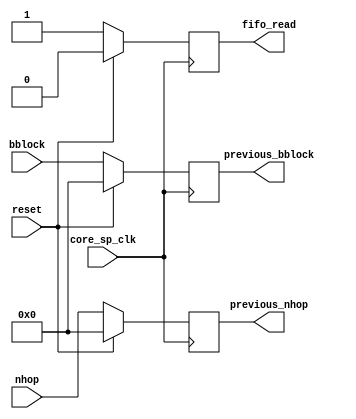
//
`timescale 1ns/1ps

module stage2(
	
	  input			        reset,
        input                         core_sp_clk,
        input [31:0]                  bblock, // data fetched from the ram in the previous stage
        input [31:0]                  nhop,
        output reg [31:0]             previous_bblock,
        output reg [31:0]             previous_nhop,
        output                        fifo_read
             
);


reg fifo_read_reg;
assign fifo_read = fifo_read_reg;

reg to_fifo_reg;
assign to_fifo = to_fifo_reg;


always @(posedge core_sp_clk)
begin
	if(reset) begin
                    
                   previous_bblock <= 0;
		       previous_nhop <= 0;
                   fifo_read_reg <= 0;
                                    
		
	end else begin
		
                   previous_bblock <= bblock;
		       previous_nhop <= nhop;
                   fifo_read_reg <= 1;
                                 
        end        
		
end

endmodule